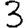
Digit: 3